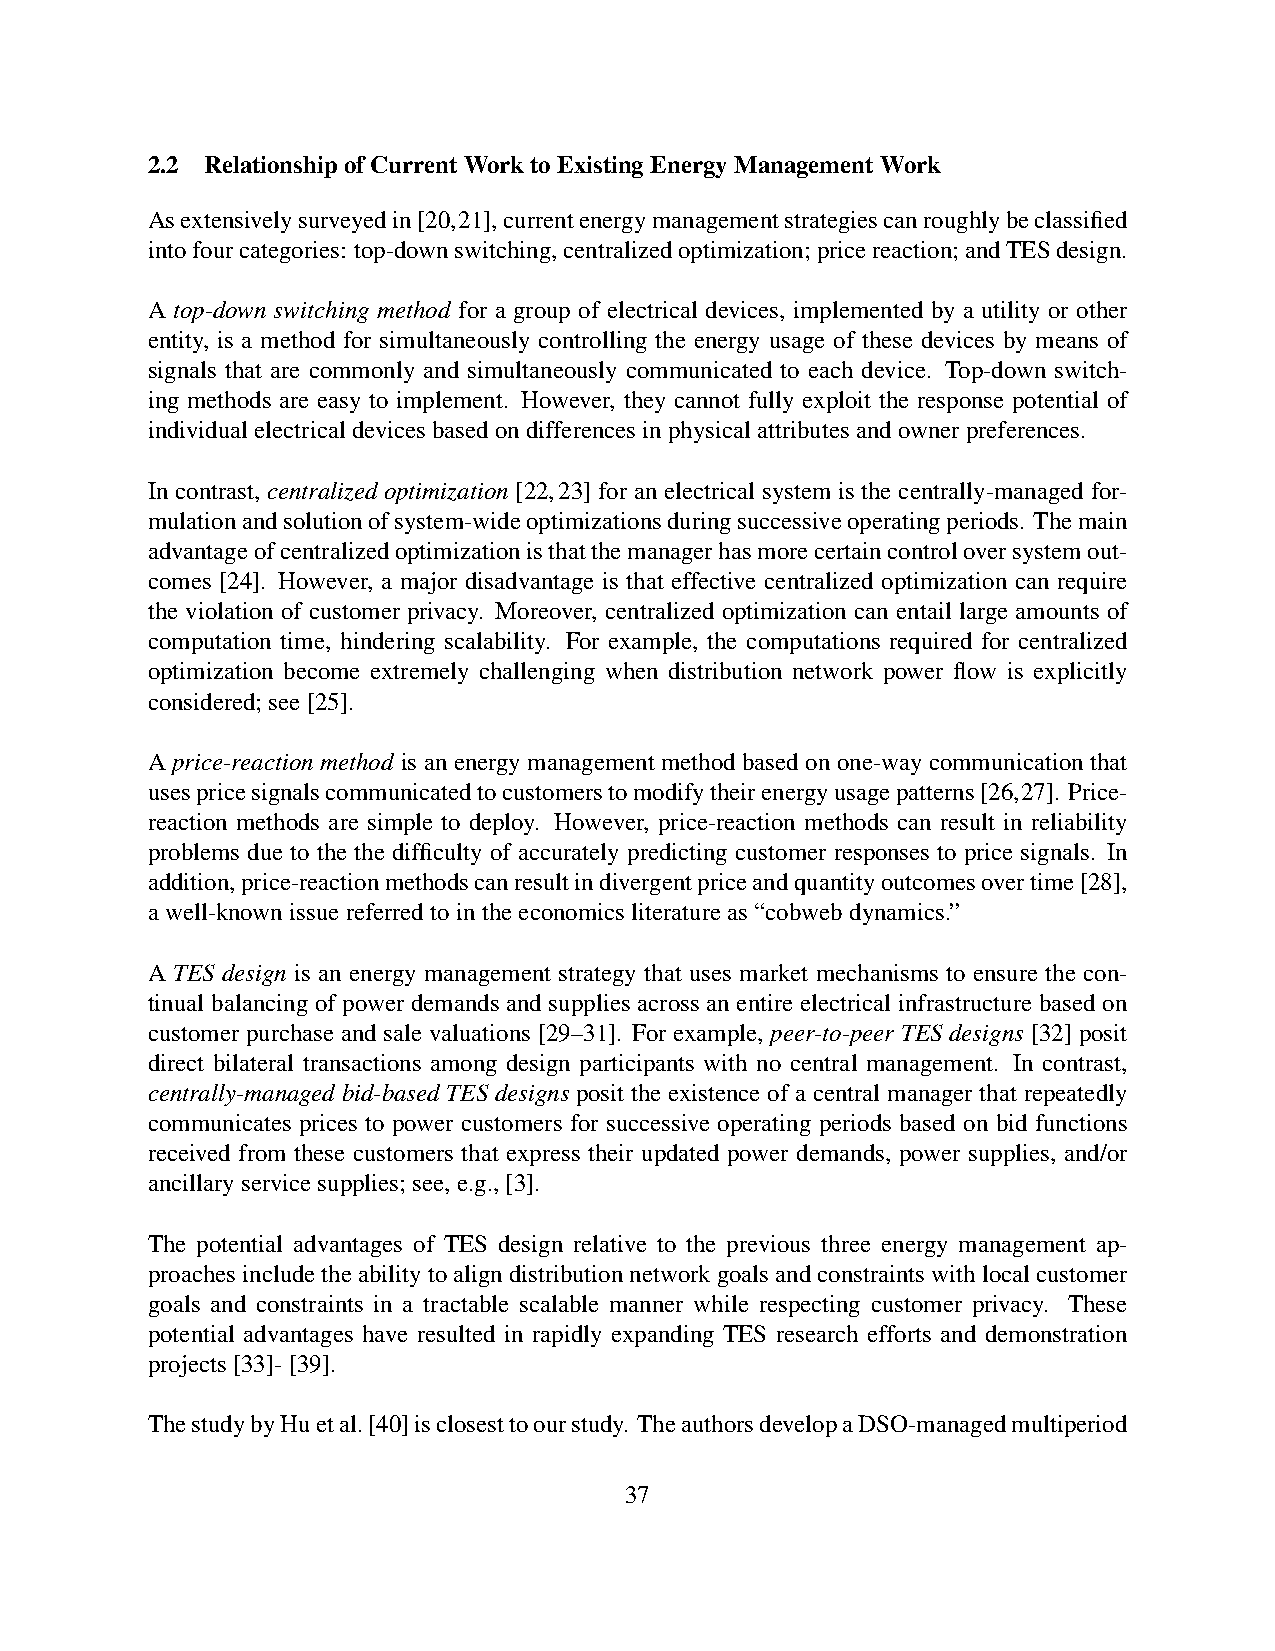
2.2 RelationshipofCurrentWorktoExistingEnergyManagementWork
 Asextensivelysurveyedin[20,21],currentenergymanagementstrategiescanroughlybeclassified
 intofourcategories: top-downswitching,centralizedoptimization;pricereaction;andTESdesign.
 A top-down switching method for a group of electrical devices, implemented by a utility or other
 entity, is a method for simultaneously controlling the energy usage of these devices by means of
 signals that are commonly and simultaneously communicated to each device. Top-down switch-
 ing methods are easy to implement. However, they cannot fully exploit the response potential of
 individualelectricaldevicesbasedondifferencesinphysicalattributesandownerpreferences.
 In contrast, centralized optimization [22,23] for an electrical system is the centrally-managed for-
 mulationandsolutionofsystem-wideoptimizationsduringsuccessiveoperatingperiods. Themain
 advantageofcentralizedoptimizationisthatthemanagerhasmorecertaincontroloversystemout-
 comes [24]. However, a major disadvantage is that effective centralized optimization can require
 the violation of customer privacy. Moreover, centralized optimization can entail large amounts of
 computation time, hindering scalability. For example, the computations required for centralized
 optimization become extremely challenging when distribution network power flow is explicitly
 considered;see[25].
 A price-reaction method is an energy management method based on one-way communication that
 usespricesignalscommunicatedtocustomerstomodifytheirenergyusagepatterns[26,27]. Price-
 reaction methods are simple to deploy. However, price-reaction methods can result in reliability
 problems due to the the difficulty of accurately predicting customer responses to price signals. In
 addition,price-reactionmethodscanresultindivergentpriceandquantityoutcomesovertime[28],
 awell-knownissuereferredtointheeconomicsliteratureas“cobwebdynamics.”
 A TES design is an energy management strategy that uses market mechanisms to ensure the con-
 tinual balancing of power demands and supplies across an entire electrical infrastructure based on
 customer purchase and sale valuations [29–31]. For example, peer-to-peer TES designs [32] posit
 direct bilateral transactions among design participants with no central management. In contrast,
 centrally-managed bid-based TES designs posit the existence of a central manager that repeatedly
 communicates prices to power customers for successive operating periods based on bid functions
 received from these customers that express their updated power demands, power supplies, and/or
 ancillaryservicesupplies;see,e.g.,[3].
 The potential advantages of TES design relative to the previous three energy management ap-
 proachesincludetheabilitytoaligndistributionnetworkgoalsandconstraintswithlocalcustomer
 goals and constraints in a tractable scalable manner while respecting customer privacy. These
 potential advantages have resulted in rapidly expanding TES research efforts and demonstration
 projects[33]-[39].
 ThestudybyHuetal.[40]isclosesttoourstudy. TheauthorsdevelopaDSO-managedmultiperiod
 37